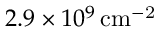
2 . 9 \times 1 0 ^ { 9 } \, \mathrm { { c m } ^ { - 2 } }